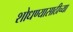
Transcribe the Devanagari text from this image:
शोधण्यासाठीच्या